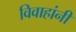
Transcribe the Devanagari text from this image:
विवाहांनी